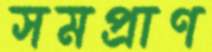
সমপ্রাণ